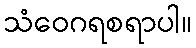
သံဝေဂရစရာပါ။